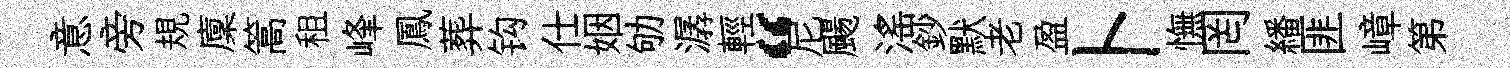
意旁規廩篙租峰鳳葬钩仕姻劬潺輕“尼颺滛鈔默老盈卜憮罔繙匪嶂第